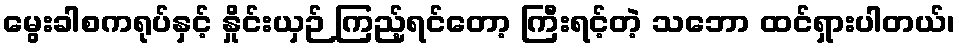
မွေးခါစကရုပ်နှင့် နှိုင်းယှဉ် ကြည့်ရင်တော့ ကြီးရင့်တဲ့ သဘော ထင်ရှားပါတယ်၊